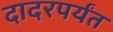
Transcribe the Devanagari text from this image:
दादरपर्यंत